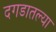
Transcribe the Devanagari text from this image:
दगडातल्या